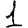
Digit: 1